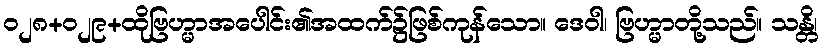
ဝ၂၈+၀၂၉+ထိုဗြဟ္မာအပေါင်း၏အထက်၌ဖြစ်ကုန်သော။ ဒေဝါ၊ ဗြဟ္မာတို့သည်။ သန္တိ၊